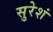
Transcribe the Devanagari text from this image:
सुरेशं